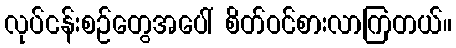
လုပ်ငန်းစဉ်တွေအပေါ် စိတ်ဝင်စားလာကြတယ်။